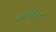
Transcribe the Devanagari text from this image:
सुखोपयोजिनी